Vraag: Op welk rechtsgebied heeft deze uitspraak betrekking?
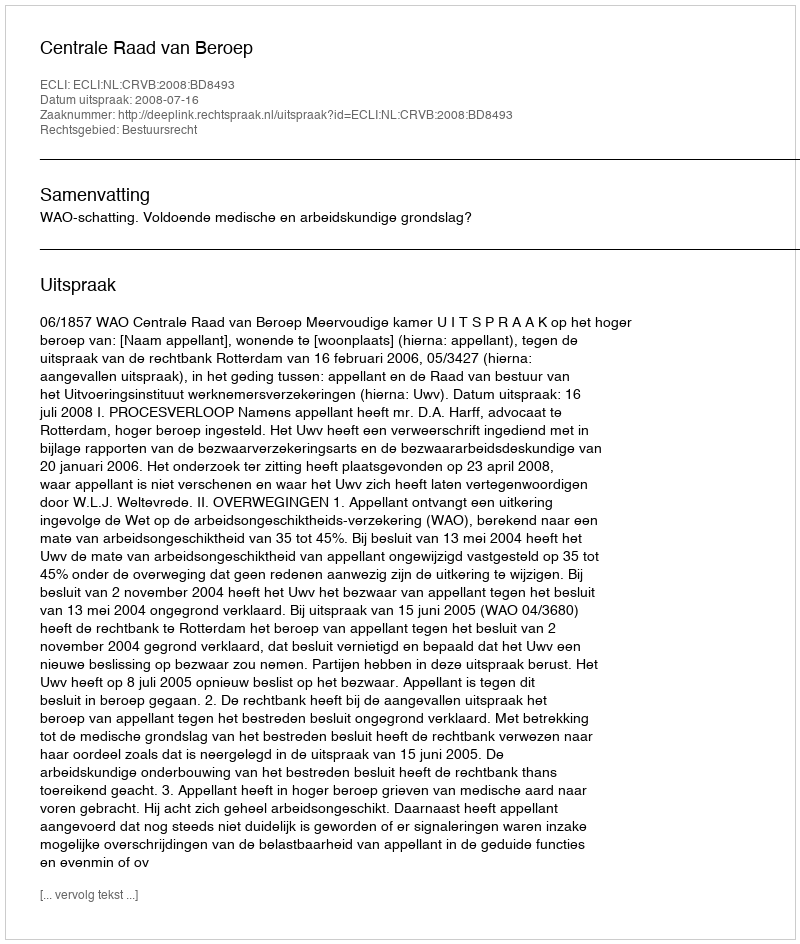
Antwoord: Bestuursrecht